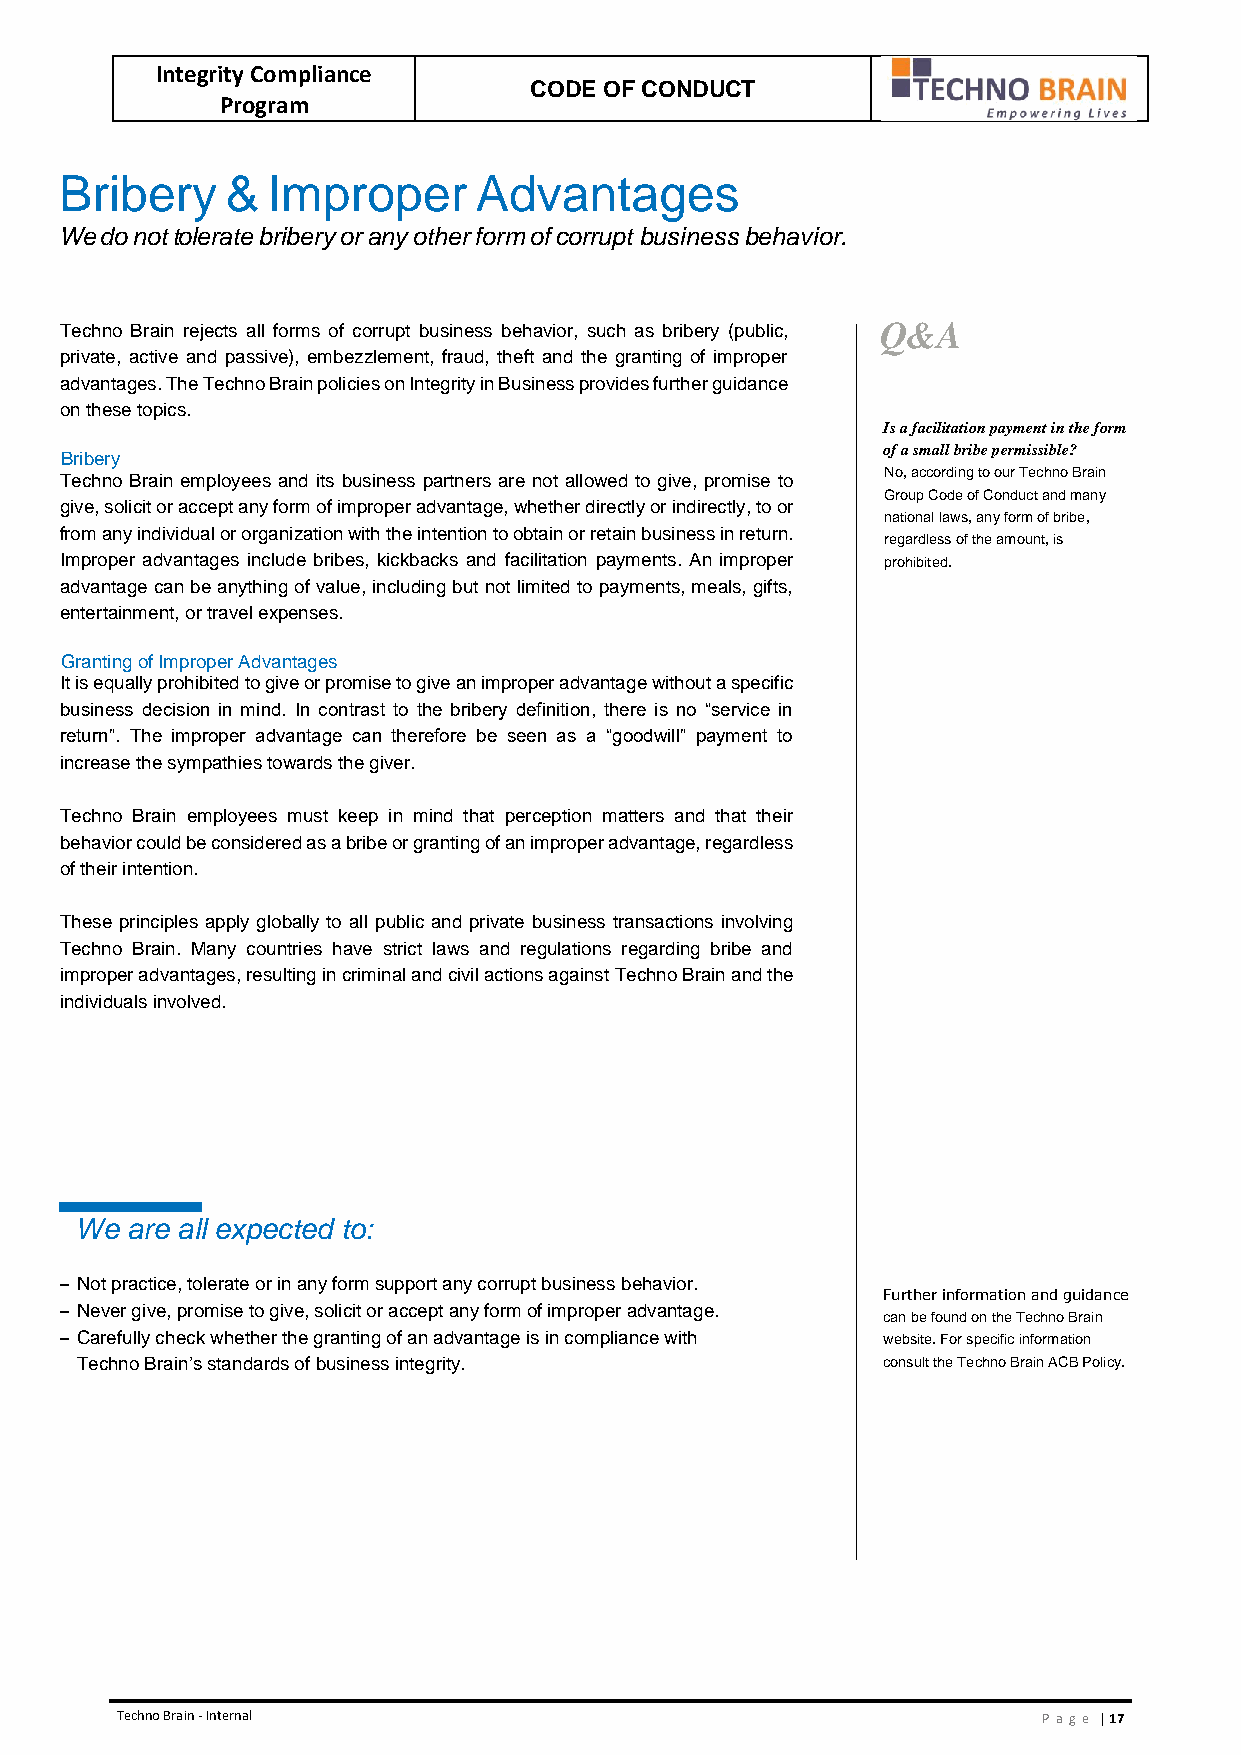
Integrity Compliance
 CODE OF CONDUCT
 Program
 Bribery    &  Improper     Advantages
 We do not tolerate bribery or any other form of corrupt business behavior.
 Techno Brain rejects all forms of corrupt business behavior, such as bribery (public, Q&A
 private, active and passive), embezzlement, fraud, theft and the granting of improper
 advantages. The Techno Brain policies on Integrity in Business provides further guidance
 on these topics.
 Is a facilitation payment in the form
 of a small bribe permissible?
 Bribery
 Techno Brain employees and its business partners are not allowed to give, promise to No, according to our Techno Brain
 Group Code of Conduct and many
 give, solicit or accept any form of improper advantage, whether directly or indirectly, to or
 national laws, any form of bribe,
 from any individual or organization with the intention to obtain or retain business in return.
 regardless of the amount, is
 Improper advantages include bribes, kickbacks and facilitation payments. An improper prohibited.
 advantage can be anything of value, including but not limited to payments, meals, gifts,
 entertainment, or travel expenses.
 Granting of Improper Advantages
 It is equally prohibited to give or promise to give an improper advantage without a specific
 business decision in mind. In contrast to the bribery definition, there is no “service in
 return”. The improper advantage can therefore be seen as a “goodwill” payment to
 increase the sympathies towards the giver.
 Techno Brain employees must keep in mind that perception matters and that their
 behavior could be considered as a bribe or granting of an improper advantage, regardless
 of their intention.
 These principles apply globally to all public and private business transactions involving
 Techno Brain. Many countries have strict laws and regulations regarding bribe and
 improper advantages, resulting in criminal and civil actions against Techno Brain and the
 individuals involved.
 We are all expected to:
 – Not practice, tolerate or in any form support any corrupt business behavior.
 Further information and guidance
 – Never give, promise to give, solicit or accept any form of improper advantage.
 can be found on the Techno Brain
 – Carefully check whether the granting of an advantage is in compliance with website. For specific information
 Techno Brain’s standards of business integrity.      consult the Techno Brain ACB Policy.
 Techno Brain - Internal                                      Pa ge | 17